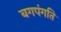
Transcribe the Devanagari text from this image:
बगपंगति